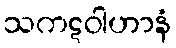
သကဋဝါဟာနံ